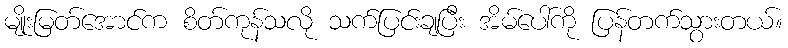
မျိုးမြတ်အောင်က စိတ်ကုန်သလို သက်ပြင်းချပြီး အိမ်ပေါ်ကို ပြန်တက်သွားတယ်။